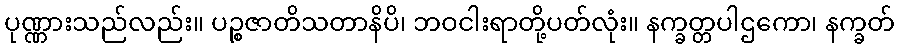
ပုဏ္ဏားသည်လည်း။ ပဉ္စဇာတိသတာနိပိ၊ ဘဝငါးရာတို့ပတ်လုံး။ နက္ခတ္တပါဌကော၊ နက္ခတ်